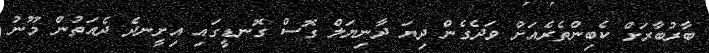
ބާރުބާރަށް ކެބިންތެރެއަށް ވަދެގެން ދިޔަ ދާނިޔަލް ގޮސް ގޮނޑީގައި އިށީނދެ ދެއަތުން މޫނު